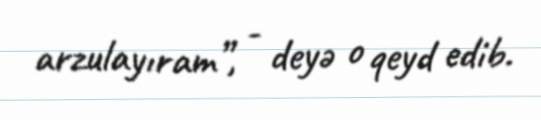
arzulayıram”, - deyə o qeyd edib.